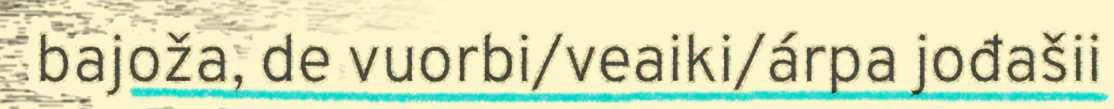
bajoža, de vuorbi/veaiki/árpa jođašii